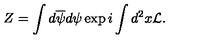
Z = \int d \overline { { \psi } } d \psi \exp i \int d ^ { 2 } x { \cal L } .